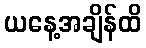
ယနေ့အချိန်ထိ